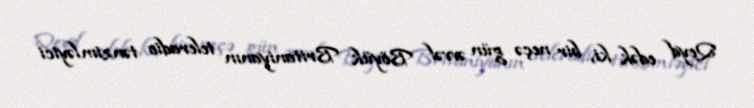
Qeyd edək ki, bir neçə gün əvvəl Böyük Britaniyanın teleradio tənzimləyici